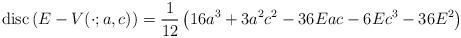
LaTeX: \begin{align*}{\rm disc}\left(E-V(\cdot;a,c)\right)=\frac{1}{12}\left(16a^3+3a^2c^2-36Eac-6Ec^3-36E^2\right)\end{align*}